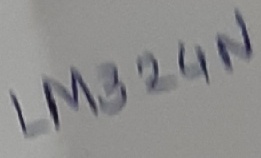
Text: LM324N